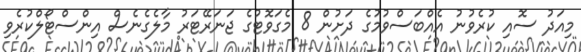
މިއަދު ސޮއި ކުރެވުނު އެއްބަސްވުމުގެ ދަށުން 8 މެގަވޮޓުގެ ޖަނަރޭޓަރު މާލެގެނެސް އިންސްޓޯލްކުރެވި